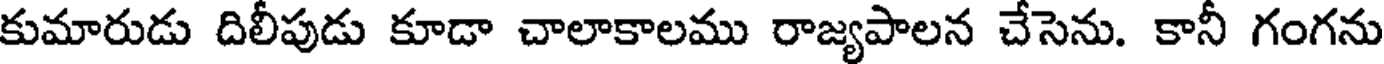
కుమారుడు దిలీపుడు కూడా చాలాకాలము రాజ్యపాలన చేసెను. కానీ గంగను